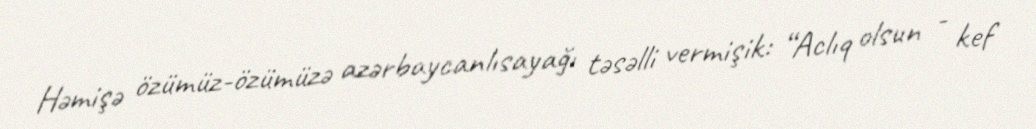
Həmişə özümüz-özümüzə azərbaycanlısayağı təsəlli vermişik: “Aclıq olsun - kef